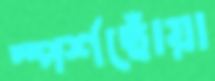
স্পর্শছোঁয়া